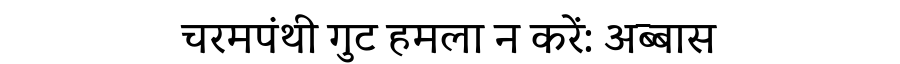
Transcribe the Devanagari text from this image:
चरमपंथी गुट हमला न करें: अब्बास